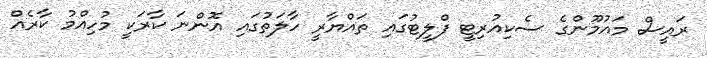
ރައީސް މައުމޫންގެ ސެކިއުރިޓީ ފްލީޓުގައި ތައްޔާރީ ހާލަތުގައި އޮންނަ ކާރަކީ މުހިއްމު ކާރެއް